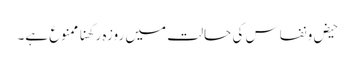
حیض و نفاس کی حالت میں روزہ رکھنا ممنوع ہے۔